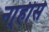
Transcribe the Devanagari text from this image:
ना्हीसे